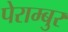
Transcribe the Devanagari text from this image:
पेराम्बुर